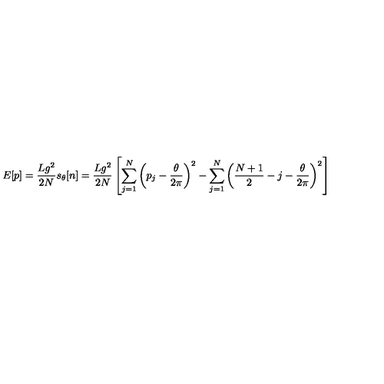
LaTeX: E [ p ] = \frac { L g ^ { 2 } } { 2 N } s _ { \theta } [ n ] = \frac { L g ^ { 2 } } { 2 N } \left[ \sum _ { j = 1 } ^ { N } \left( p _ { j } - \frac { \theta } { 2 \pi } \right) ^ { 2 } - \sum _ { j = 1 } ^ { N } \left( \frac { N + 1 } { 2 } - j - \frac { \theta } { 2 \pi } \right) ^ { 2 } \right]